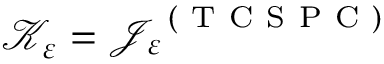
\mathcal { K } _ { \varepsilon } = \mathcal { J } _ { \varepsilon } ^ { \mathrm { ~ ( ~ T ~ C ~ S ~ P ~ C ~ ) ~ } }